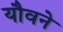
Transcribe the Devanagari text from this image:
यौवने